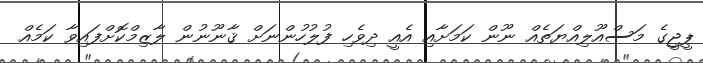
ޕީޖީގެ މަސްއޫލިއްޔަތެއް ނޫން ކަމަށާއި އެއީ ދިވެހި ފުލުހުންނަށް ޤާނޫނުން ލާޒިމްކޮށްފައިވާ ކަމެއް